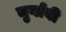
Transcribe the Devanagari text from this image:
मुर्गाबी